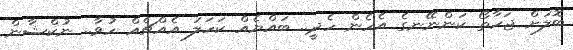
ބޮލަށް ޖަހާތޯ ކަންނޭނގެ އެހެން ހެދީ.. ބައްޔެއް ކަހަލަ އެއްޗެއް ހުވާ.. ނުކްޝާން